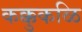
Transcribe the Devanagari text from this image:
कक्कुकळि